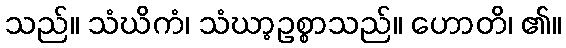
သည်။ သံဃိကံ၊ သံဃာ့ဥစ္စာသည်။ ဟောတိ၊ ၏။